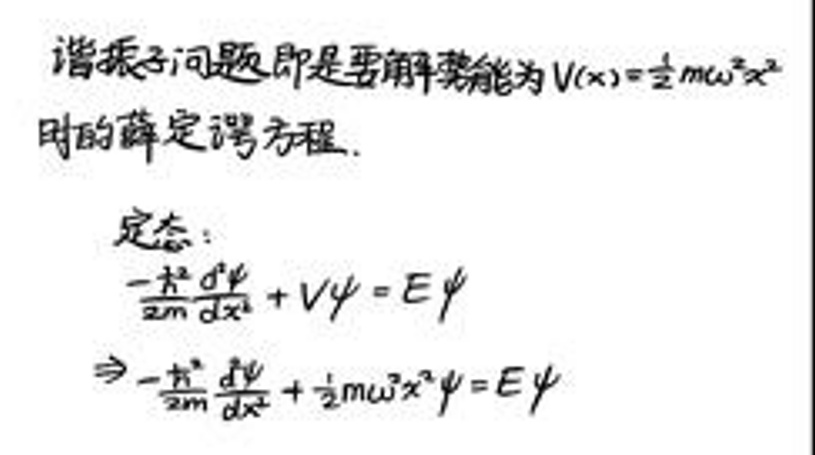
谐振子问题即是要求解势能为\[ V(x)=\frac{1}{2}m\omega^{2}x^{2}\\\]
时的薛定谔方程.\\
定态:\\
\[-\frac{\hbar^{2}}{2m}\frac{d^{2}\psi}{dx^{2}}+V\psi = E\psi\\\]
\[\Rightarrow&-\frac{\hbar^{2}}{2m}\frac{d^{2}\psi}{dx^{2}}+\frac{1}{2}m\omega^{2}x^{2}\psi = E\psi\]